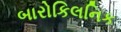
બારોકિલનિક